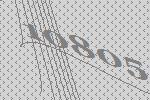
10805